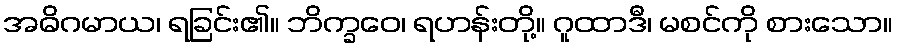
အဓိဂမာယ၊ ရခြင်း၏။ ဘိက္ခဝေ၊ ရဟန်းတို့။ ဂူထာဒီ၊ မစင်ကို စားသော။